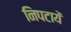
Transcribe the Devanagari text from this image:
निपटायें